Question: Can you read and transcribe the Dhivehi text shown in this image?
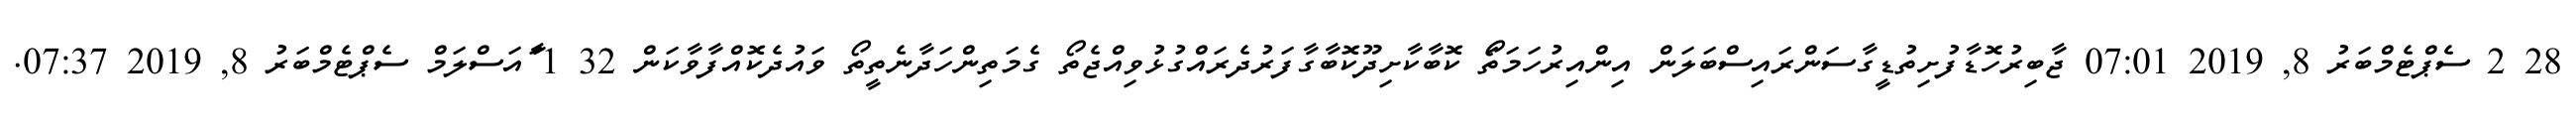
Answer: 28 2 ސެޕްޓެމްބަރު 8, 2019 07:01 ޖާބިރުހޮޑާފުށިތުޑީގާސަންރައިސްބަލަން އިންއިރުހަމަތަޯ ކޮބާކާށިދޫކޮބާގާފަރުދެރައްގުޅުވިއްޖެތޯ ގެމަތިންހަދާނެތީތޯ ވައުދެކޮއްފާވާކަން 32 1 ާައަސްލަމް ސެޕްޓެމްބަރު 8, 2019 07:37.